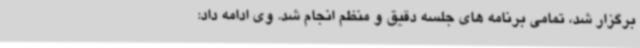
برگزار شد، تمامی برنامه های جلسه دقیق و منظم انجام شد. وی ادامه داد: